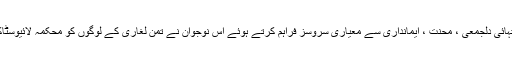
گزشتہ چھ سالوں میں انتہائی دلجمعی ، محنت ، ایمانداری سے معیاری سروسز فراہم کرتے ہوئے اس نوجوان نے تُمن لغاری کے لوگوں کو محکمہ لائیوسٹاک کا گرویدہ بنا دیاہے ۔